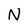
Character: N